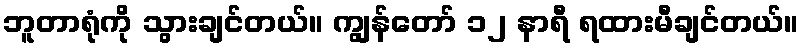
ဘူတာရုံကို သွားချင်တယ်။ ကျွန်တော် ၁၂ နာရီ ရထားမီချင်တယ်။